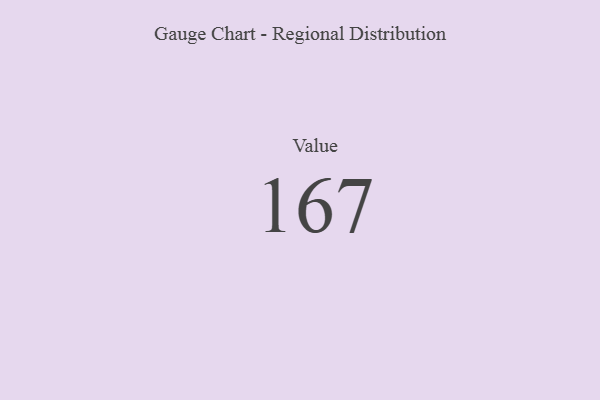
{"axis": {"x": "Metric", "y": "Value"}, "legend": [""], "data": [{"x": "Value", "y": 167, "type": ""}]}